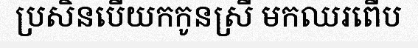
ប្រសិនបើយកកូនស្រី មកឈរពើប